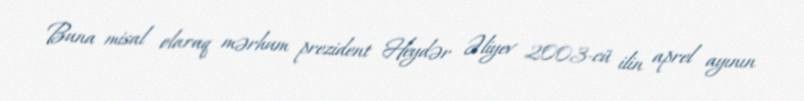
Buna misal olaraq mərhum prezident Heydər Əliyev 2003-cü ilin aprel ayının